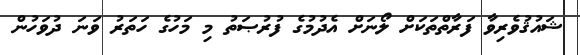
ޝައުޤުވެރިވާ ފަރާތްތަކަށް ލޯނަށް އެދުމުގެ ފުރުޞަތު މި މަހުގެ ހަތަރު ވަނަ ދުވަހުން